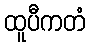
ထူပီကတံ